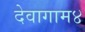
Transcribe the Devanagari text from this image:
देवागाम४